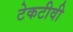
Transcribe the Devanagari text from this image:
टेकटीवी